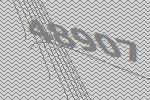
48907